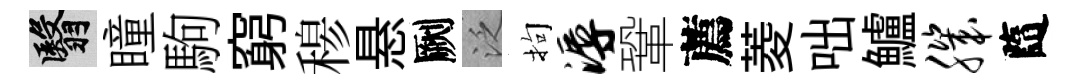
翳瞳駒窮𥠇悬劂泛拘溽鞏薦菱咄鱸肌隨